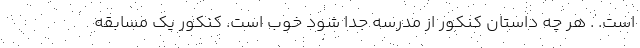
است. . هر چه داستان کنکور از مدرسه جدا شود خوب است. کنکور یک مسابقه